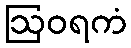
ဩဝရကံ